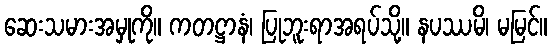
ဆေးသမားအမှုကို။ ကတဋ္ဌာနံ၊ ပြုဘူးရာအရပ်သို့။ နပဿမိ၊ မမြင်။